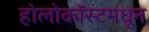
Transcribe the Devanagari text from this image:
होलोकॉस्टमधून